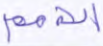
الأمم